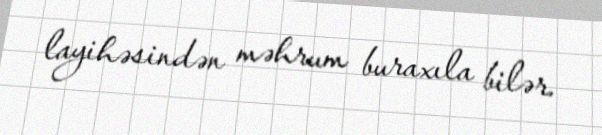
layihəsindən məhrum buraxıla bilər.